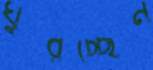
ঘুরচ্ছেন